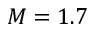
M = 1 . 7